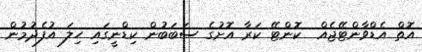
އޮތް އެޑްވާންޓޭޖެއް  ކޮންޓޭ ކަރާ އޮށުގެ ސަބަބުން ކިޑްނީގައި ހިލަ އުފެދުމުން